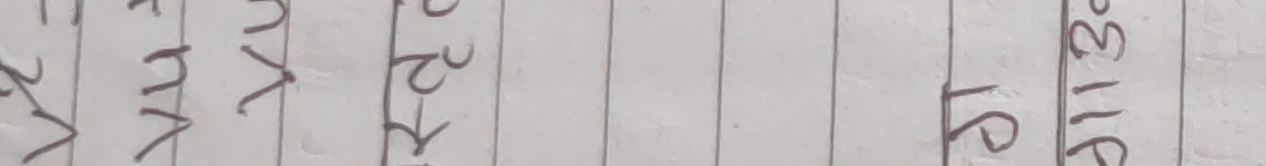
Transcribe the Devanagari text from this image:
२भ मव २र ३१ २८